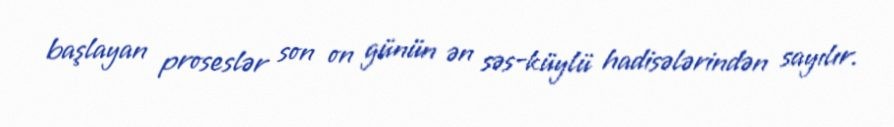
başlayan proseslər son on günün ən səs-küylü hadisələrindən sayılır.